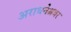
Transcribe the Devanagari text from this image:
अराधनेश्रवर